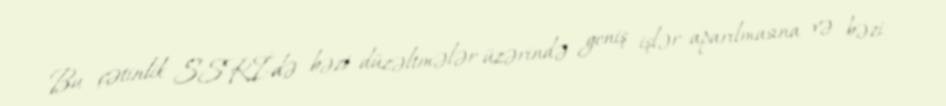
Bu çətinlik SSRİ-də bəzi düzəltmələr üzərində geniş işlər aparılmasına və bəzi